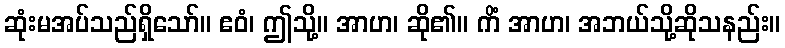
ဆုံးမအပ်သည်ရှိသော်။ ဧဝံ၊ ဤသို့။ အာဟ၊ ဆို၏။ ကိံ အာဟ၊ အဘယ်သို့ဆိုသနည်း။